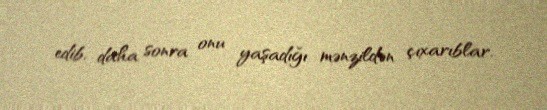
edib, daha sonra onu yaşadığı mənzildən çıxarıblar.